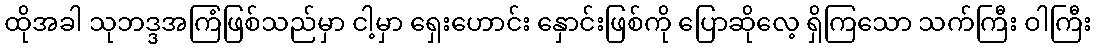
ထိုအခါ သုဘဒ္ဒအကြံဖြစ်သည်မှာ ငါ့မှာ ရှေးဟောင်း နှောင်းဖြစ်ကို ပြောဆိုလေ့ ရှိကြသော သက်ကြီး ဝါကြီး